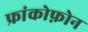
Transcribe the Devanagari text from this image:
फ्रांकोफ़ोन